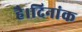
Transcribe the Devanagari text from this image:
है।दिनांक